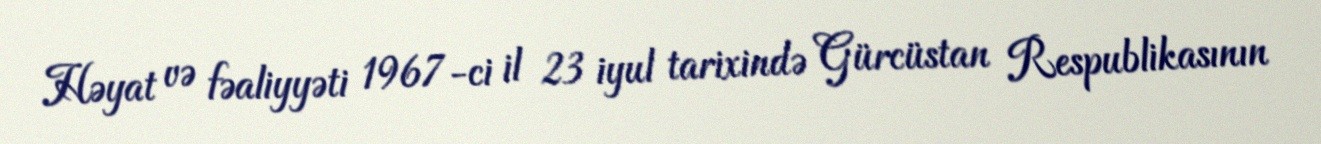
Həyat və fəaliyyəti 1967-ci il 23 iyul tarixində Gürcüstan Respublikasının